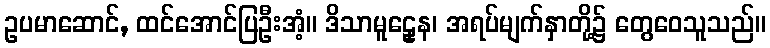
ဥပမာဆောင်, ထင်အောင်ပြဦးအံ့။ ဒိသာမူဠှေန၊ အရပ်မျက်နှာတို့၌ တွေဝေသူသည်။